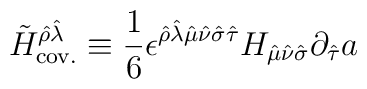
\tilde{H}_{\rm cov.}^{\hat\rho\hat\lambda} \equiv {1\over 6} \epsilon^{\hat\rho\hat\lambda \hat\mu \hat\nu \hat\sigma \hat\tau} H_{\hat\mu \hat\nu \hat\sigma}\partial_{\hat\tau} a